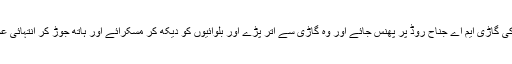
اور فرض کرو ایسے میں عابدہ پروین کی گاڑی ایم اے جناح روڈ پر پھنس جائے اور وہ گاڑی سے اُتر پڑے اور بلوائیوں کو دیکھ کر مسکرائے اور ہاتھ جوڑ کر انتہائی عجز و انکساری سے کہے کہ ” اللّہُ اکبر۔